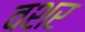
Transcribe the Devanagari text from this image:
वशर